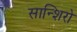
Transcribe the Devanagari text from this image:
सान्शिरो